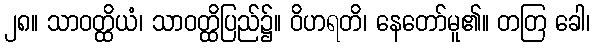
၂၈။ သာဝတ္ထိယံ၊ သာဝတ္ထိပြည်၌။ ဝိဟရတိ၊ နေတော်မူ၏။ တတြ ခေါ၊